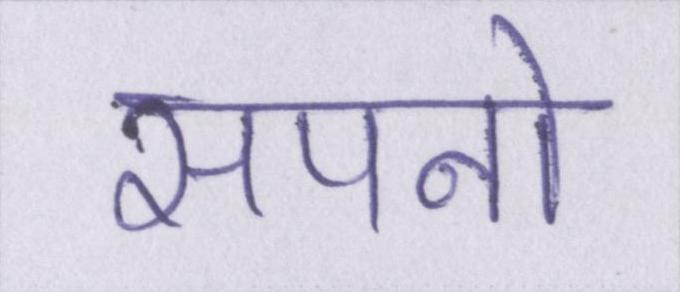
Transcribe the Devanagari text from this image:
सपनो